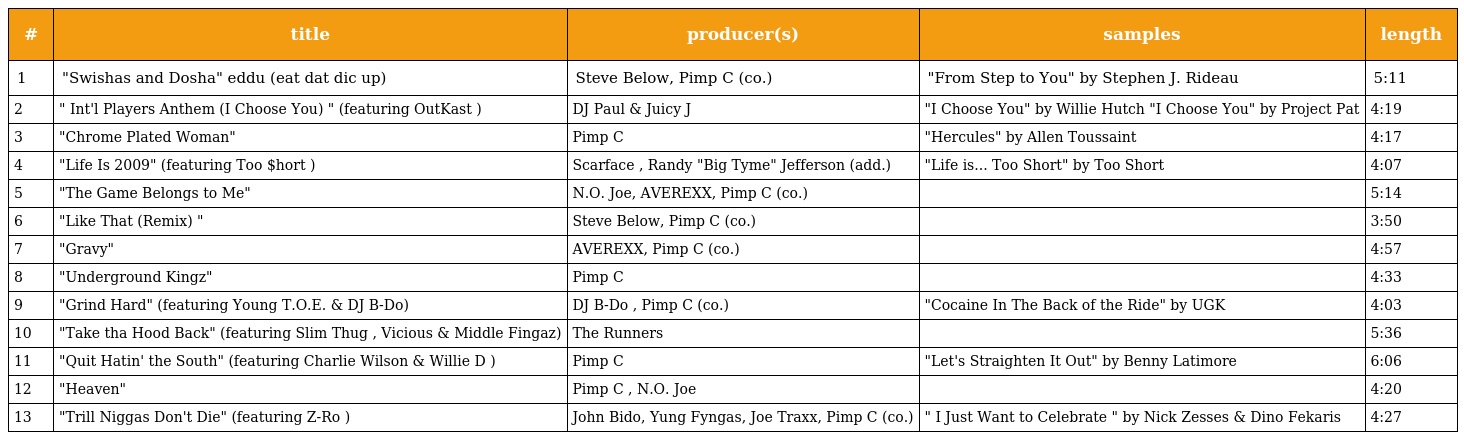
| # | title | producer(s) | samples | length |
 | --- | --- | --- | --- | --- |
 | 1 | "Swishas and Dosha" eddu (eat dat dic up) | Steve Below, Pimp C (co.) | "From Step to You" by Stephen J. Rideau | 5:11 |
 | 2 | " Int'l Players Anthem (I Choose You) " (featuring OutKast ) | DJ Paul & Juicy J | "I Choose You" by Willie Hutch "I Choose You" by Project Pat | 4:19 |
 | 3 | "Chrome Plated Woman" | Pimp C | "Hercules" by Allen Toussaint | 4:17 |
 | 4 | "Life Is 2009" (featuring Too $hort ) | Scarface , Randy "Big Tyme" Jefferson (add.) | "Life is... Too Short" by Too Short | 4:07 |
 | 5 | "The Game Belongs to Me" | N.O. Joe, AVEREXX, Pimp C (co.) |  | 5:14 |
 | 6 | "Like That (Remix) " | Steve Below, Pimp C (co.) |  | 3:50 |
 | 7 | "Gravy" | AVEREXX, Pimp C (co.) |  | 4:57 |
 | 8 | "Underground Kingz" | Pimp C |  | 4:33 |
 | 9 | "Grind Hard" (featuring Young T.O.E. & DJ B-Do) | DJ B-Do , Pimp C (co.) | "Cocaine In The Back of the Ride" by UGK | 4:03 |
 | 10 | "Take tha Hood Back" (featuring Slim Thug , Vicious & Middle Fingaz) | The Runners |  | 5:36 |
 | 11 | "Quit Hatin' the South" (featuring Charlie Wilson & Willie D ) | Pimp C | "Let's Straighten It Out" by Benny Latimore | 6:06 |
 | 12 | "Heaven" | Pimp C , N.O. Joe |  | 4:20 |
 | 13 | "Trill Niggas Don't Die" (featuring Z-Ro ) | John Bido, Yung Fyngas, Joe Traxx, Pimp C (co.) | " I Just Want to Celebrate " by Nick Zesses & Dino Fekaris | 4:27 |